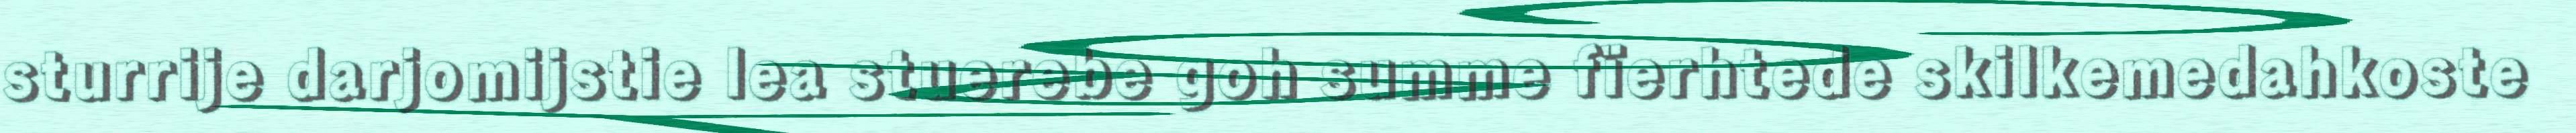
sturrije darjomijstie lea stuerebe goh summe fïerhtede skilkemedahkoste